Medical and sanitary report on the native army of Bombay for the year
Year: 1877
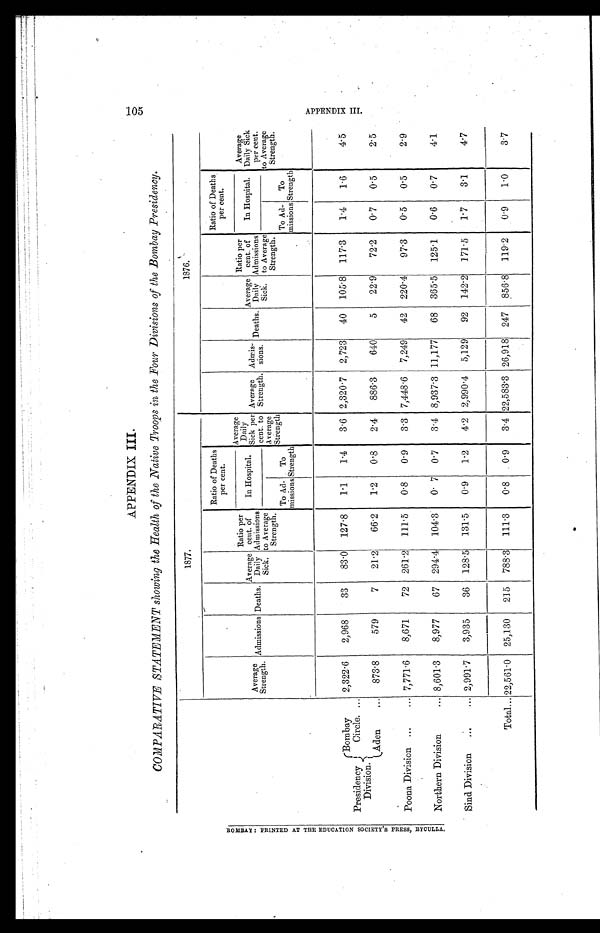
APPENDIX III.
COMPARATIVE STATEMENT showing the Health of the Native Troops in the Four Divisions of the Bombay Presidency.
1877.
1876.
Average
Strength.
Admissions Deaths.
Average
Daily
Sick.
Ratio per
cent. of
Admissions
to Average
Strength.
Ratio of Deaths
per cent.
Average Dai
ly
Sick per
cent. to
Average
Strength
Average
Strength.
Admis-
sions. Deaths.
Average
Daily
Sick.
Ratio per
cent. of
Admissions
to Average
Strength.
Ratio of Deaths
per cent.
Average
Daily Sick
per cent.
to Average
Strength.
In Hospital.
In Hospital.
To Ad-
missions
To
Strength
To Ad-
missions
To
Strength
Presidency
Division.
Bombay
Circle . . .
2,322.6
2,968
33
83 . 0
127 . 8
1.1
1 .4
3 . 6 2,320 . 7 2,723
40
105.8 117.3
1 . 4
1 . 6
4.5
Aden . . .
873 . 8
579
7
21 . 2
66 . 2
1 . 2
0.8
2. 4
886.3
640
5
22 . 9
72 . 2
0 . 7
0 . 5
2.5
Poona Division
. . . 7,771.6
8,671
72 261 . 2
111.5
0 . 8
0 . 9
3 . 3 7,448 . 6
7,249
42
220 . 4
97. 3
0.5
0 . 5
2.9
Northern Division . . . 8,601 . 3
8,977
67 294.4
104 . 3
0.7 0 . 7
3.4 8,937 . 3 11,177
68 365 . 5
125.1
0.6
0 . 7
4.1
Sind Division . . . 2,991 . 7
3,935
36 128.5
131.5
0 . 9
1 . 2
4 . 2 2,990 . 4
5,129
92 142 . 2 171 . 5
1 . 7
3.1
4.7
Total . . . 22,561 . 0 25,130
215
788.3
111 . 3
0 . 8
0 . 9
3 . 4 22,583 . 3 26,918 247 856 . 8 119.2
0 . 9
1 . 0
3.7
105
APPENDIX III.